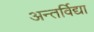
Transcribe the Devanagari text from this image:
अन्तर्विद्या